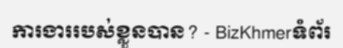
ការងាររបស់ខ្លួនបាន? - BizKhmerទំព័រ